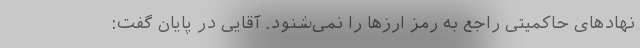
نهاد‌های حاکمیتی راجع به رمز ارز‌ها را نمی‌شنود. آقایی در پایان گفت: